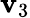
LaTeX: \mathbf{v}_{3}